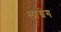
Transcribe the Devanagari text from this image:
लाग्रेंग